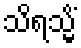
သိရသ္မိံ